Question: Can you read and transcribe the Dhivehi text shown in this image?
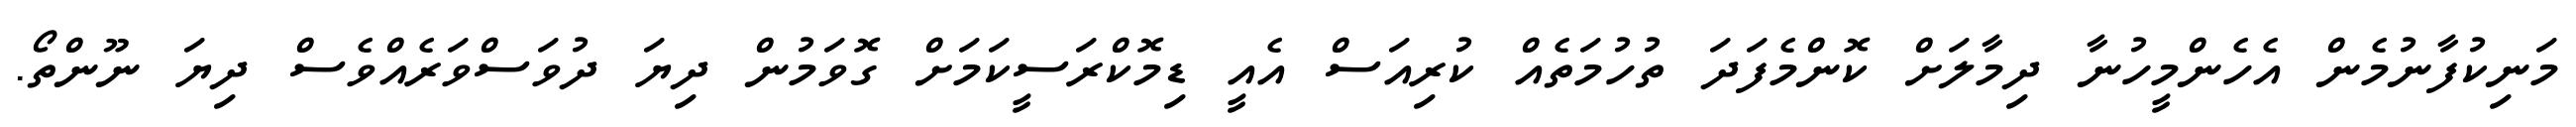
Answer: މަނިކުފާނުމެން އެހެންމީހުނާ ދިމާލަށް ކޮންމެފަދަ ތުހުމަތެއް ކުރިއަސް އެއީ ޑިމޮކްރަސީކަމަށް ގޮވަމުން ދިޔަ ދުވަސްވަރެއްވެސް ދިޔަ ނޫންތޯ.